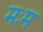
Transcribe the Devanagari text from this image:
मःम